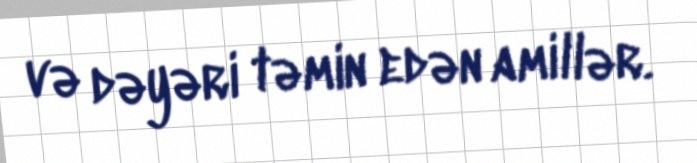
və dəyəri təmin edən amillər.